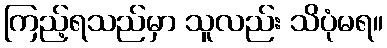
ကြည့်ရသည်မှာ သူလည်း သိပုံမရ။